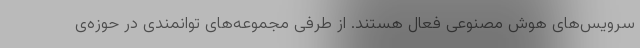
سرویس‌های هوش مصنوعی فعال هستند. از طرفی مجموعه‌های توانمندی در حوزه‌ی